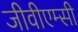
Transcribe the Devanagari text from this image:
जीवीएम्सी